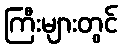
ကြီးများတွင်